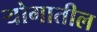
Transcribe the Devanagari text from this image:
योगातील